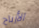
الأرباح